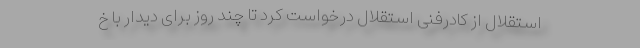
استقلال از کادرفنی استقلال درخواست کرد تا چند روز برای دیدار با خ